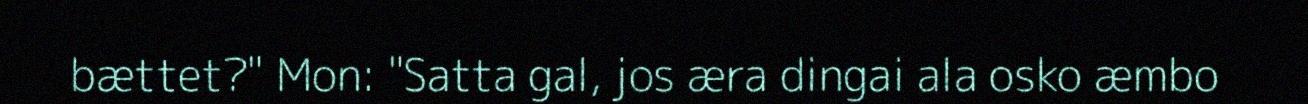
bættet?" Mon: "Satta gal, jos æra dingai ala osko æmbo